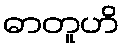
ဓာတူဟိ